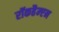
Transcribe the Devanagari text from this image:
रॉकहैम्प्टन